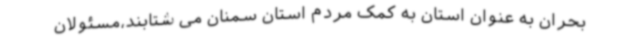
بحران به عنوان استان‌ به‌ کمک مردم استان سمنان‌ می شتابند،‌مسئولان